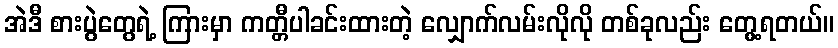
အဲဒီ စားပွဲတွေရဲ့ ကြားမှာ ကတ္တီပါခင်းထားတဲ့ လျှောက်လမ်းလိုလို တစ်ခုလည်း တွေ့ရတယ်။